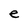
Character: e